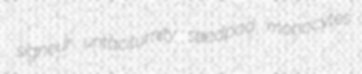
signeur untaciturnity seedpod monocytes